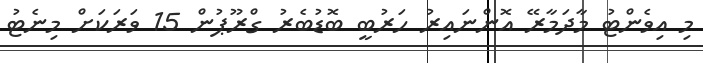
މި އިވެންޓު މާދަމާރޭ އޮންނައިރު ހަރުބީ ބޮޑުބެރު ގްރޫޕުން 15 ވަރަކަށް މިނެޓު